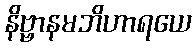
နိဗ္ဗာနမဘိဟာရယေ